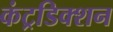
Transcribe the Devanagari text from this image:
कंट्रडिक्शन